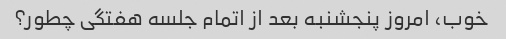
خوب، امروز پنجشنبه بعد از اتمام جلسه هفتگی چطور؟